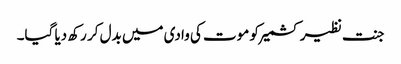
جنت نظیر کشمیر کو موت کی وادی میں بدل کر رکھ دیا گیا۔